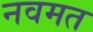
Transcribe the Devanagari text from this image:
नवमत